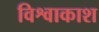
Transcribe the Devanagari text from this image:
विश्वाकाश